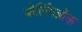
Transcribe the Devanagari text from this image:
बोर्लिगब्रोक